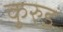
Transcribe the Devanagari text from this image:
कुरुड